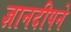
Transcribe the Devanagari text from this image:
ज्ञानदीपने